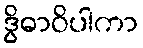
ဒွိဓာဝိပါကာ